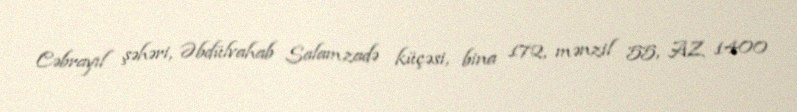
Cəbrayıl şəhəri, Əbdülvahab Salamzadə küçəsi, bina 172, mənzil 55, AZ 1400